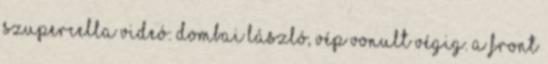
szupercella videó: Dombai László, Vép vonult végig. A front